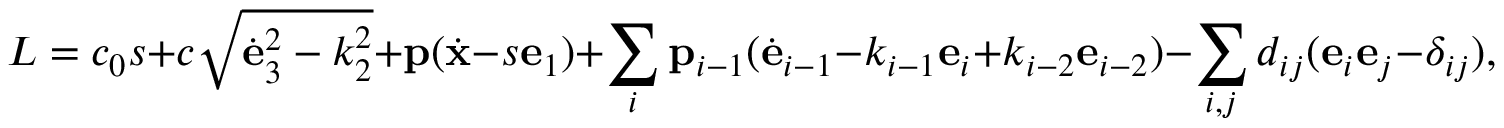
L = c _ { 0 } s + c \sqrt { { \dot { \bf e } } _ { 3 } ^ { 2 } - k _ { 2 } ^ { 2 } } + { \bf p } ( { \dot { \bf x } } - s { \bf e } _ { 1 } ) + \sum _ { i } { \bf p } _ { i - 1 } ( { \dot { \bf e } } _ { i - 1 } - k _ { i - 1 } { \bf e } _ { i } + k _ { i - 2 } { \bf e } _ { i - 2 } ) - \sum _ { i , j } d _ { i j } ( { \bf e } _ { i } { \bf e } _ { j } - \delta _ { i j } ) ,